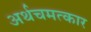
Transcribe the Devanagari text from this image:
अर्थचमत्कार